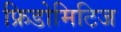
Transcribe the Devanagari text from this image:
फ्रिडोमिटिज